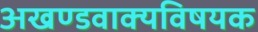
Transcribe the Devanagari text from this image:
अखण्डवाक्यविषयक